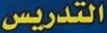
التدريس